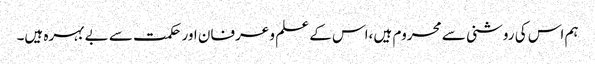
ہم اس کی روشنی سے محروم ہیں ،اس کے علم و عرفان اور حکمت سے بے بہرہ ہیں۔